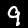
Label: 9